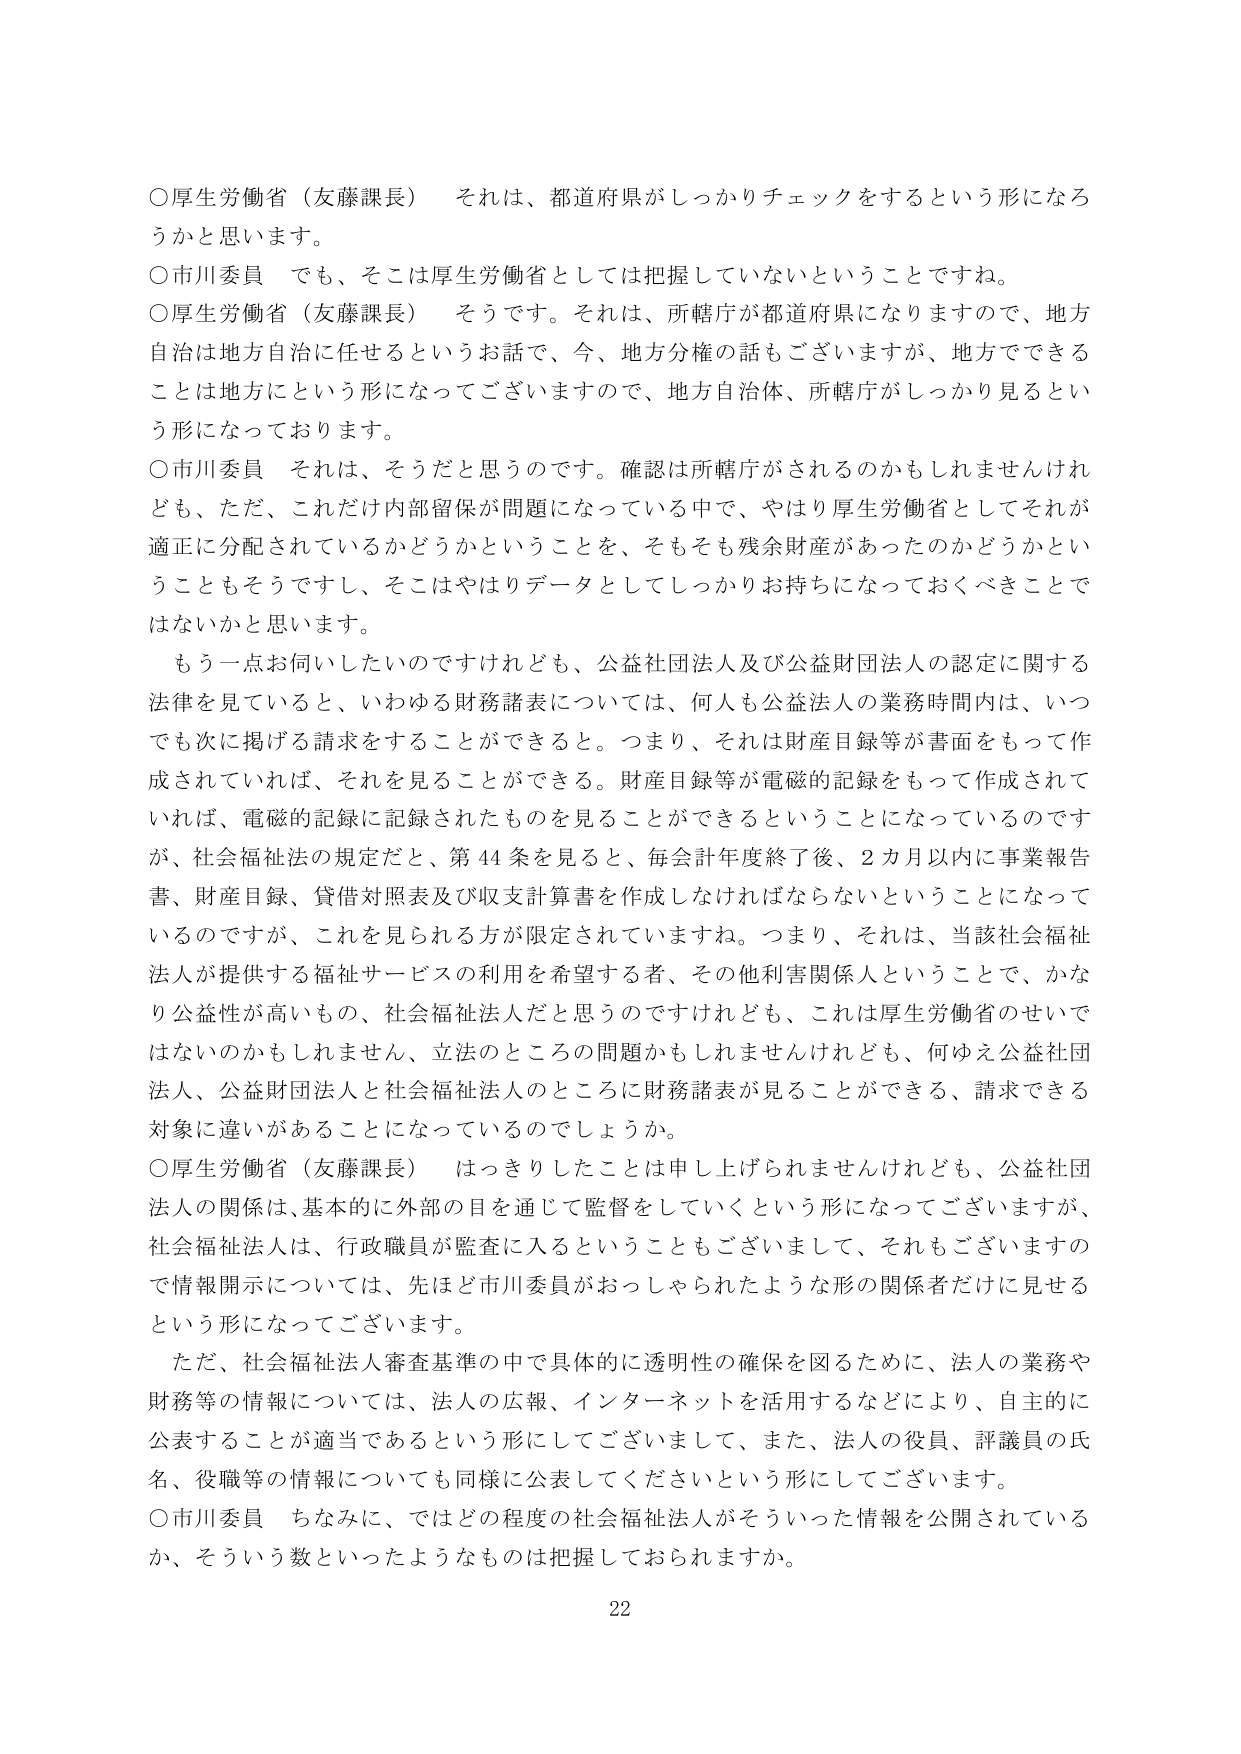
○厚生労働省（友藤課長）　それは、都道府県がしっかりチェックをするという形になろうかと思います。

○市川委員　でも、そこは厚生労働省としては把握していないということですね。

○厚生労働省（友藤課長）　そうです。それは、所轄庁が都道府県になりますので、地方自治は地方自治に任せるというお話で、今、地方分権の話もございますが、地方でできることは地方にという形になってございますので、地方自治体、所轄庁がしっかり見るという形になっております。

○市川委員　それは、そうだと思うのです。確認は所轄庁がされるのかもしれませんが、ただ、これだけ内部留保が問題になっている中で、やはり厚生労働省としてそれが適正に分配されているかどうかということを、そもそも残余財産があったのかどうかということもそうですし、そこはやはりデータとしてしっかりお持ちになっておくべきではないかと思います。

もう一点お伺いしたいのですけれども、公益社団法人及び公益財団法人の認定に関する法律を見ていると、いわゆる財務諸表については、何人も公益法人の業務時間内は、いつでも次に掲げる請求をすることができる。つまり、それは財産目録等が書面をもって作成されていれば、それを見ることができる。財産目録等が電磁的記録をもって作成されていれば、電磁的記録に記録されたものを見ることができるということになっているのですが、社会福祉法の規定だと、第44条を見ると、毎会計年度終了後、2カ月以内に事業報告書、財産目録、貸借対照表及び収支計算書を作成しなければならないということになっているのですが、これを見られる方が限定されていますね。つまり、それは、当該社会福祉法人が提供する福祉サービスの利用を希望する者、その他利害関係人ということで、かなり公益性が高いもの、社会福祉法人だと思うのですけれども、これは厚生労働省のせいではないのかもしれません、立法のところの問題かもしれませんが、何ゆえ公益社団法人、公益財団法人と社会福祉法人のところに財務諸表が見ることができる、請求できる対象に違いがあることになっているのでしょうか。

○厚生労働省（友藤課長）　はっきりしたことは申し上げられませんけれども、公益社団法人の関係は、基本的に外部の目を通じて監督をしていくという形になってございますが、社会福祉法人は、行政職員が監査に入るということもございまして、それもございますので情報開示については、先ほど市川委員がおっしゃられたような形の関係者だけに見せるという形になってございます。

ただ、社会福祉法人審査基準の中で具体的に透明性の確保を図るために、法人の業務や財務等の情報については、法人の広報、インターネットを活用するなどにより、自主的に公表することが適当であるという形にしてございまして、また、法人の役員、評議員の氏名、役職等の情報についても同様に公表してくださいという形にしてございます。

○市川委員　ちなみに、ではどの程度の社会福祉法人がそういった情報を公開されているか、そういう数といったようなものは把握しておられますか。

22